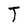
Character: T